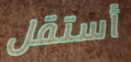
أستقل